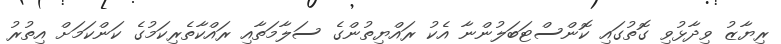
ރިޔާޒު ވިދާޅުވި ގޮތުގައި ކޮންސްޓަބަލުންނާ އެކު ރައްޔިތުންގެ ސަލާމަތާއި ރައްކާތެރިކަމުގެ ކަންކަމަށް އިތުރު